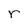
Character: r